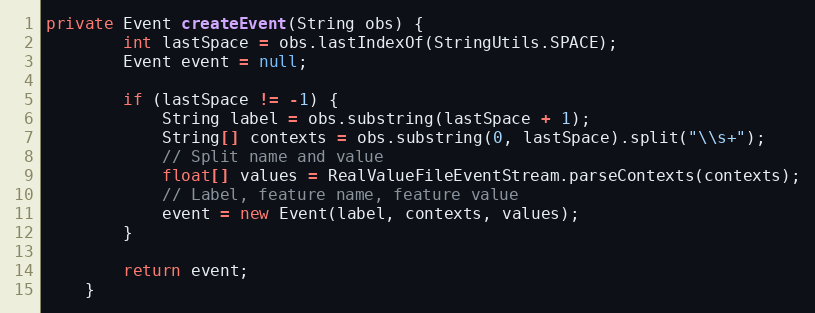
Language: Java
private Event createEvent(String obs) {
        int lastSpace = obs.lastIndexOf(StringUtils.SPACE);
        Event event = null;

        if (lastSpace != -1) {
            String label = obs.substring(lastSpace + 1);
            String[] contexts = obs.substring(0, lastSpace).split("\\s+");
            // Split name and value
            float[] values = RealValueFileEventStream.parseContexts(contexts);
            // Label, feature name, feature value
            event = new Event(label, contexts, values);
        }

        return event;
    }